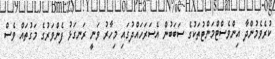
ކުރެވެމުންދާ އިންވެސްޓްމަންޓުތަކުގެ ސަބަބުން އެސަރަހައްދުގައި މިހާރު ވަނީ ރަނގަޅު ފެންވަރުގެ މަގުތައް ވެސް